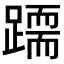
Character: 𨅲